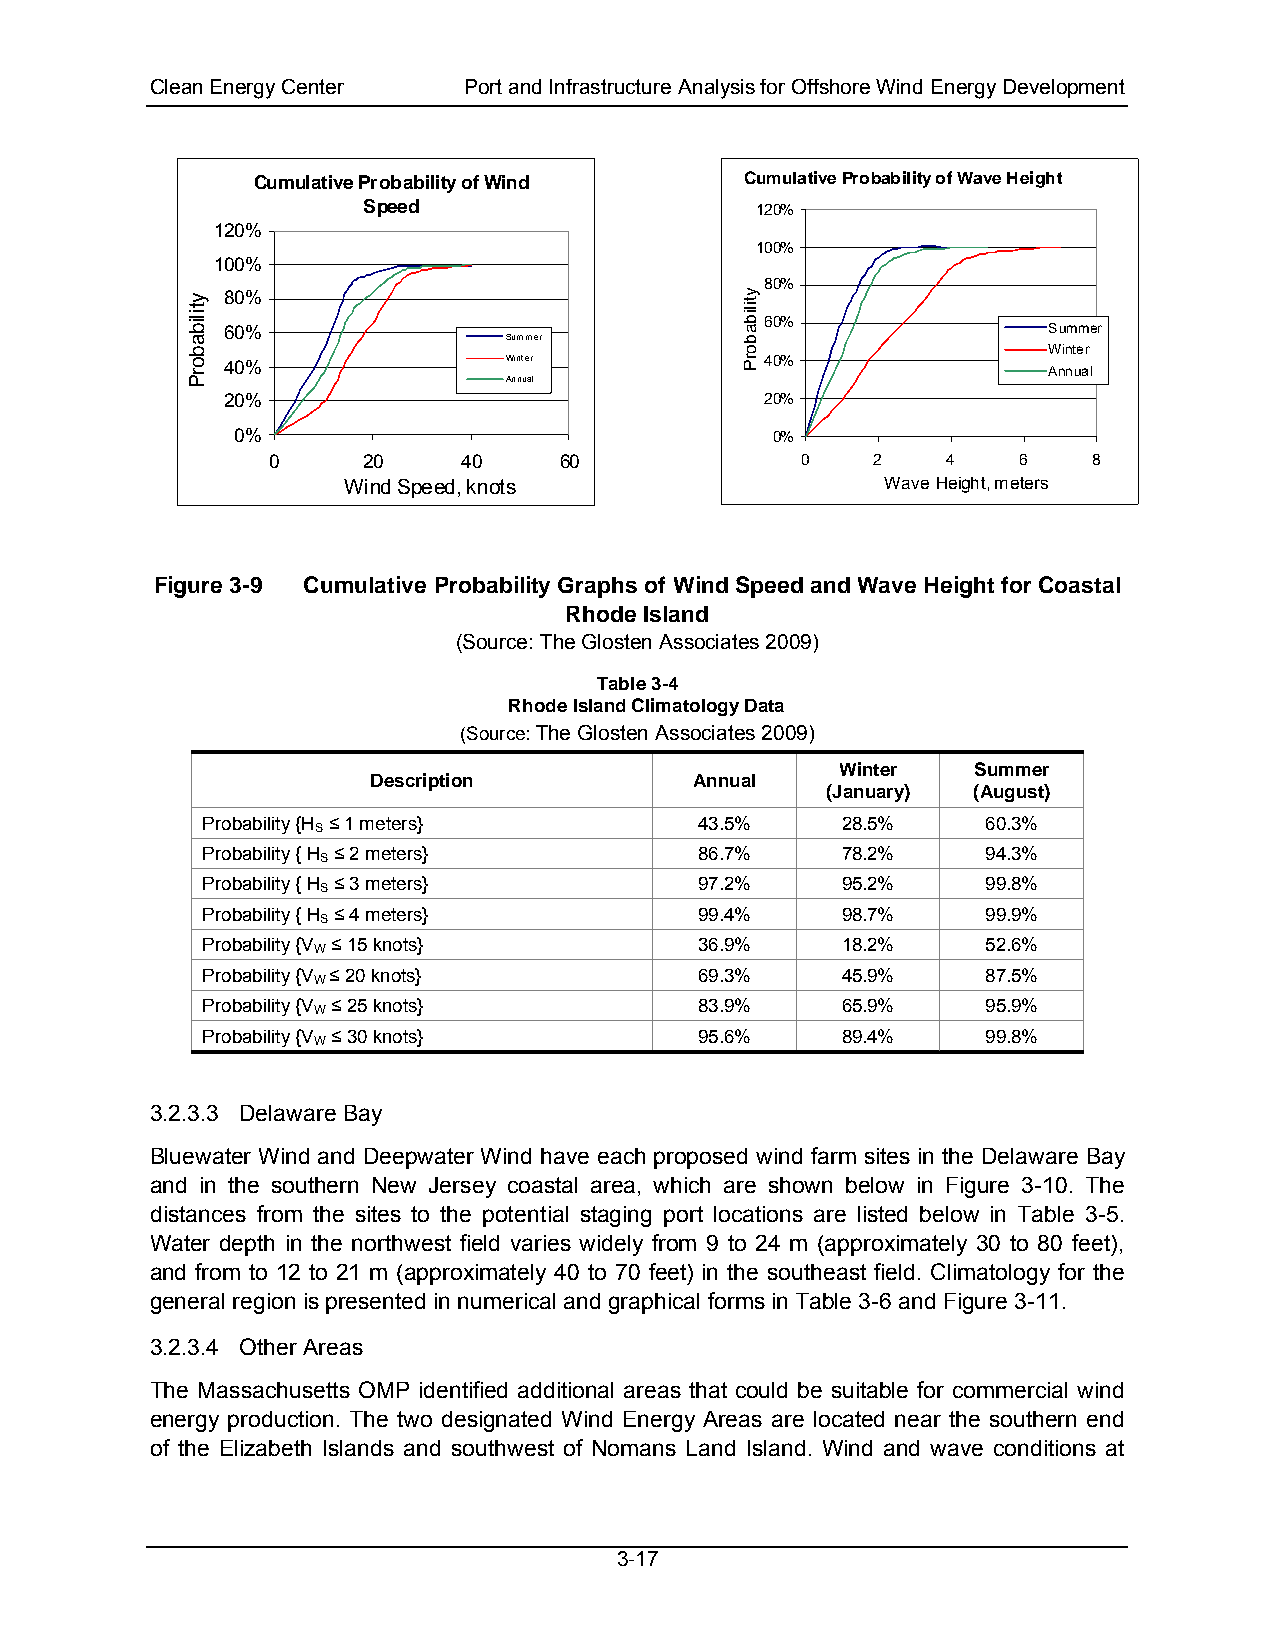
Clean Energy Center  Port and Infrastructure Analysis for Offshore Wind Energy Development
 Cumulative Probability of Wind  Cumulative Probability of Wave Height
 Speed                     120%
 120%
 100%
 100%
 80%
 80%
 60%
 60%                                                   Summer
 Summer
 Winter
 40%                Winter           40%
 Annual
 Annual
 20%                                 20%
 0%                                 0%
 0     20     40    60              0    2    4   6    8
 Wind Speed, knots                   Wave Height, meters
 Figure 3-9 Cumulative Probability Graphs of Wind Speed and Wave Height for Coastal
 Rhode Island
 (Source: The Glosten Associates 2009)
 Table 3-4
 Rhode Island Climatology Data
 (Source: The Glosten Associates 2009)
 Winter   Summer
 Description          Annual
 (January) (August)
 Probability {H ≤ 1 meters}       43.5%     28.5%    60.3%
 S
 Probability { H ≤ 2 meters}      86.7%     78.2%    94.3%
 S
 Probability { H ≤ 3 meters}      97.2%     95.2%    99.8%
 S
 Probability { H ≤ 4 meters}      99.4%     98.7%    99.9%
 S
 Probability {V ≤ 15 knots}       36.9%     18.2%    52.6%
 W
 Probability {V ≤ 20 knots}       69.3%     45.9%    87.5%
 W
 Probability {V ≤ 25 knots}       83.9%     65.9%    95.9%
 W
 Probability {V ≤ 30 knots}       95.6%     89.4%    99.8%
 W
 3.2.3.3 Delaware Bay
 Bluewater Wind and Deepwater Wind have each proposed wind farm sites in the Delaware Bay
 and in the southern New Jersey coastal area, which are shown below in Figure 3-10. The
 distances from the sites to the potential staging port locations are listed below in Table 3-5.
 Water depth in the northwest field varies widely from 9 to 24 m (approximately 30 to 80 feet),
 and from to 12 to 21 m (approximately 40 to 70 feet) in the southeast field. Climatology for the
 general region is presented in numerical and graphical forms in Table 3-6 and Figure 3-11.
 3.2.3.4 Other Areas
 The Massachusetts OMP identified additional areas that could be suitable for commercial wind
 energy production. The two designated Wind Energy Areas are located near the southern end
 of the Elizabeth Islands and southwest of Nomans Land Island. Wind and wave conditions at
 3-17
 ytilibaborP                          ytilibaborP